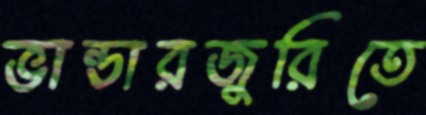
ভান্ডারজুরিতে